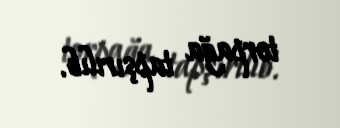
torpağa tapşırılıb.